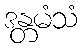
ဒန္တမံသံ